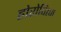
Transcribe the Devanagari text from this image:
होरोवित्ज